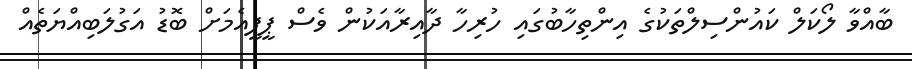
ބާއްވާ ލޯކަލް ކައުންސިލްތަކުގެ އިންތިހާބުގައި ހުރިހާ ދާއިރާއަކުން ވެސް ޕީޕީއެމަށް ބޮޑު އަގުލަބިއްޔަތެއް